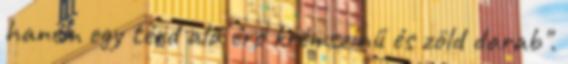
hanem egy térd alá érő krémszínű és zöld darab".